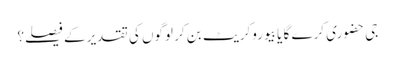
جی حضوری کرے گا یا بیوروکریٹ بن کر لوگوں کی تقدیر کے فیصلے؟